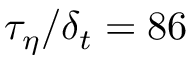
\tau _ { \eta } / \delta _ { t } = 8 6